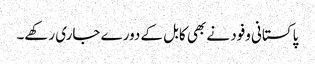
پاکستانی وفود نے بھی کابل کے دورے جاری رکھے۔